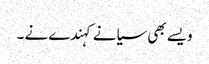
ویسے بھی سیانے کہندے نے ۔